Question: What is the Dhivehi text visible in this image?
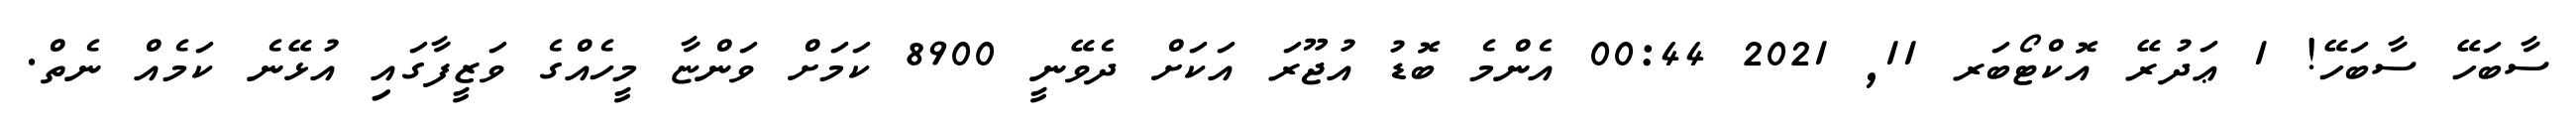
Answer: ސާބަހޭ ސާބަހޭ! 1 ޢަދުރޭ އޮކްޓޯބަރ 11, 2021 00:44 އެންމެ ބޮޑު އުޖޫރަ އަކަށް ދެވޭނީ 8900 ކަމަށް ވަންޏާ މީހެއްގެ ވަޒީފާގައި އުޅޭނެ ކަމެއް ނެތް.